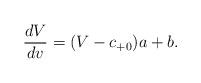
LaTeX: \begin{align*} \frac{dV}{dv}=(V-c_{+0})a+b.\end{align*}